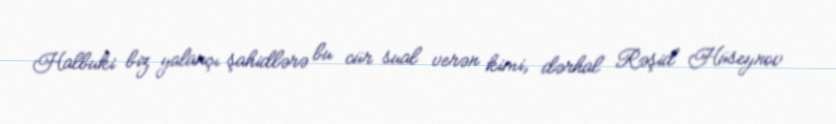
Halbuki biz yalançı şahidlərə bu cür sual verən kimi, dərhal Rəşid Hüseynov